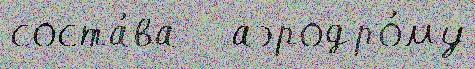
соста́ва   аэродро́му